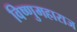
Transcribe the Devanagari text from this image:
विष्णुमहाराज